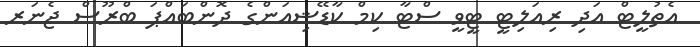
އެތުލީޓް އަދި ރިއަލިޓީ ޓީވީ ސްޓާ ކިމް ކާޑޭޝިއަންގެ ދޮންބައްޕަ ބްރޫސް ޖެނަރ